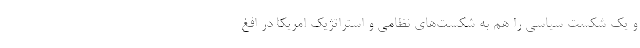
و يك شكست سياسي را هم به شكست‌هاي نظامي و استراتژيك امريكا در افغ